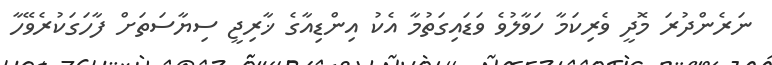
ނަރެންދުރަ މޮދީ ވެރިކަމާ ހަވާލުވެ ވަޑައިގަތުމާ އެކު އިންޑިއާގެ ޚާރިޖީ ސިޔާސަތަށް ފާހަގަކުރެވޭހާ